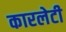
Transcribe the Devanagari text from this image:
कारलेटी